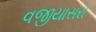
વજીયાસરા